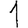
Digit: 1